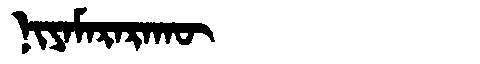
Manchu: ᠨᡳᠶᠠᠮᠠᡵᠠᡵᠠᡴᡡ
Romanization: NIYAMARARAKŪ